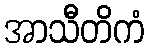
အာသီတိကံ